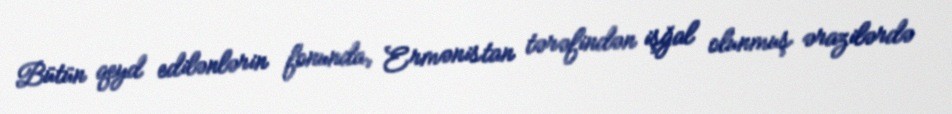
Bütün qeyd edilənlərin fonunda, Ermənistan tərəfindən işğal olunmuş ərazilərdə